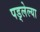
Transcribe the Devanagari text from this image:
पड्लेल्या